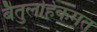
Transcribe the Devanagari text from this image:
बैतुलहिकमत